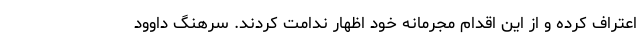
اعتراف کرده و از این اقدام مجرمانه خود اظهار ندامت کردند. سرهنگ داوود